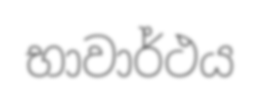
භාවාර්ථය